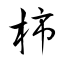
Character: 杮